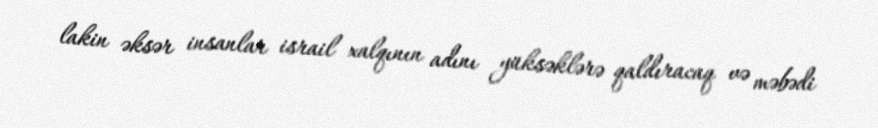
lakin əksər insanlar israil xalqının adını yüksəklərə qaldıracaq və məbədi